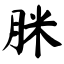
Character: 脒